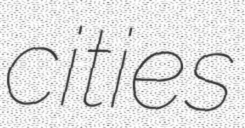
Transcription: cities